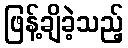
ဖြန့်ချိခဲ့သည့်